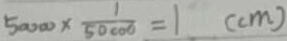
5 0 0 0 0 \times \frac { 1 } { 5 0 0 0 0 } = 1 ( c m )